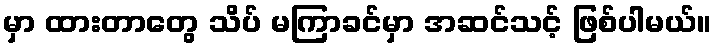
မှာ ထားတာတွေ သိပ် မကြာခင်မှာ အဆင်သင့် ဖြစ်ပါမယ်။